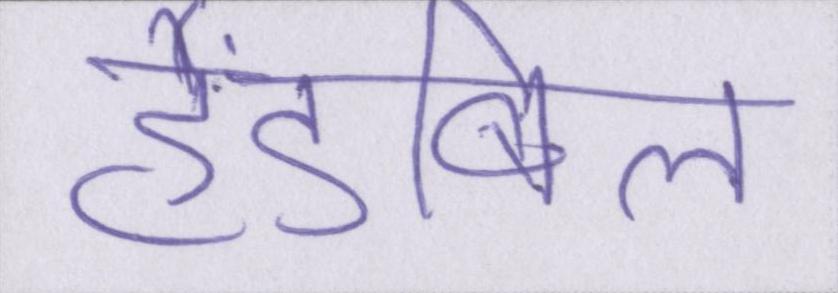
हैंडबिल